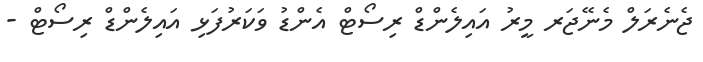
ޖެނެރަލް މެނޭޖަރ މީރު އައިލެންޑް ރިސޯޓް އެންޑު ވަކަރުފަޅި އައިލެންޑް ރިސޯޓް -